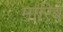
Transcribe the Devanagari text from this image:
मारिबे